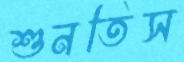
শুনতিস